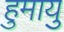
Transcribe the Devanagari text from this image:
हुमायु